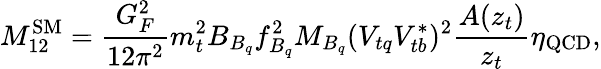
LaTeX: M_{12}^{\mathrm{SM}}=\frac{G_{F}^{2}}{12\pi^{2}}m_{t}^{2}B_{B_{q}}f_{B_{q}}^{2}M_{B_{q}}(V_{tq}V_{tb}^{*})^{2}\frac{A(z_{t})}{z_{t}}\eta_{\mathrm{QCD}},